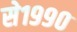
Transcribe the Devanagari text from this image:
से१९९०